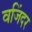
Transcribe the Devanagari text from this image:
वजिंदर